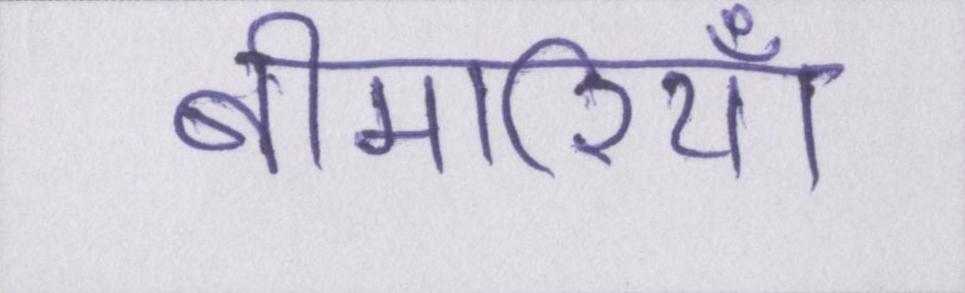
बीमारियाँ